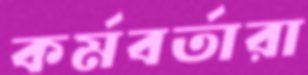
কর্মবর্তারা